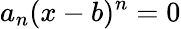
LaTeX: a_{n}(x-b)^{n}=0